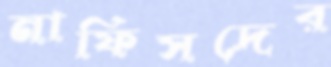
নাফিসদের